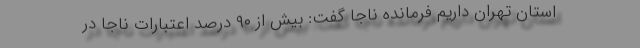
استان تهران داریم فرمانده ناجا گفت: بیش از ۹۰ درصد اعتبارات ناجا در